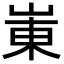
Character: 崬